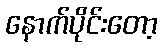
နောက်ပိုင်းတော့